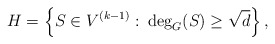
\begin{align*} H=\left\{S \in V^{(k-1)}:\: \deg_{G}(S)\geq \sqrt{d}\right\},\end{align*}